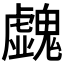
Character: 𩴥